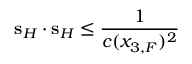
{ \bf s } _ { H } \cdot { \bf s } _ { H } \leq \frac { 1 } { c ( x _ { 3 , F } ) ^ { 2 } }